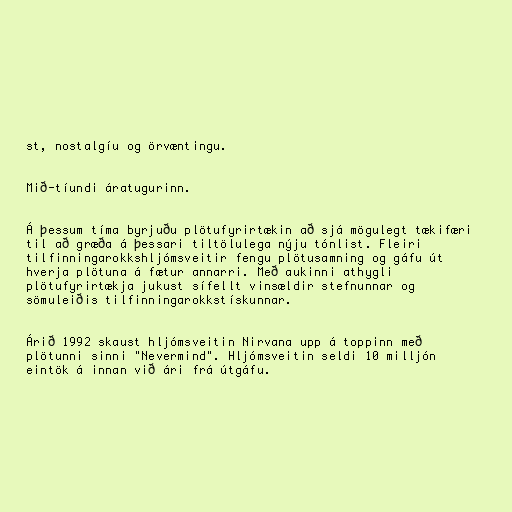
st, nostalgíu og örvæntingu.

Mið-tíundi áratugurinn.

Á þessum tíma byrjuðu plötufyrirtækin að sjá mögulegt tækifæri
til að græða á þessari tiltölulega nýju tónlist. Fleiri
tilfinningarokkshljómsveitir fengu plötusamning og gáfu út
hverja plötuna á fætur annarri. Með aukinni athygli
plötufyrirtækja jukust sífellt vinsældir stefnunnar og
sömuleiðis tilfinningarokkstískunnar.

Árið 1992 skaust hljómsveitin Nirvana upp á toppinn með
plötunni sinni "Nevermind". Hljómsveitin seldi 10 milljón
eintök á innan við ári frá útgáfu.